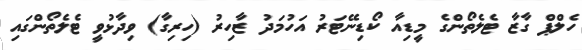
ހެލްޕް ގާޒާ ޓެލެތޯންގެ މީޑިއާ ކޯޑިނޭޓަރު އަހުމަދު ޒާހިރު (ހިރިގާ) ވިދާޅުވީ ޓެލެތޯންގައި